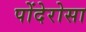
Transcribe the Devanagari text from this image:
पोंदेरोसा